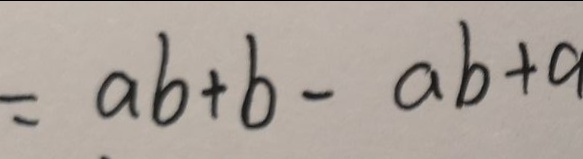
= a b + b - a b + a